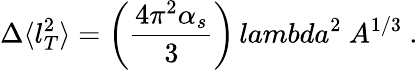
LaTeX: \Delta\langle l_{T}^{2}\rangle=\left(\frac{4\pi^{2}\alpha_{s}}{3}\right)\, lambda^{2}\ A^{1/3}\ .